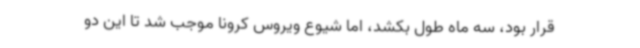
قرار بود، سه ماه طول بکشد، اما شیوع ویروس کرونا موجب شد تا این دو